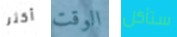
أكثر الوقت ستأكل